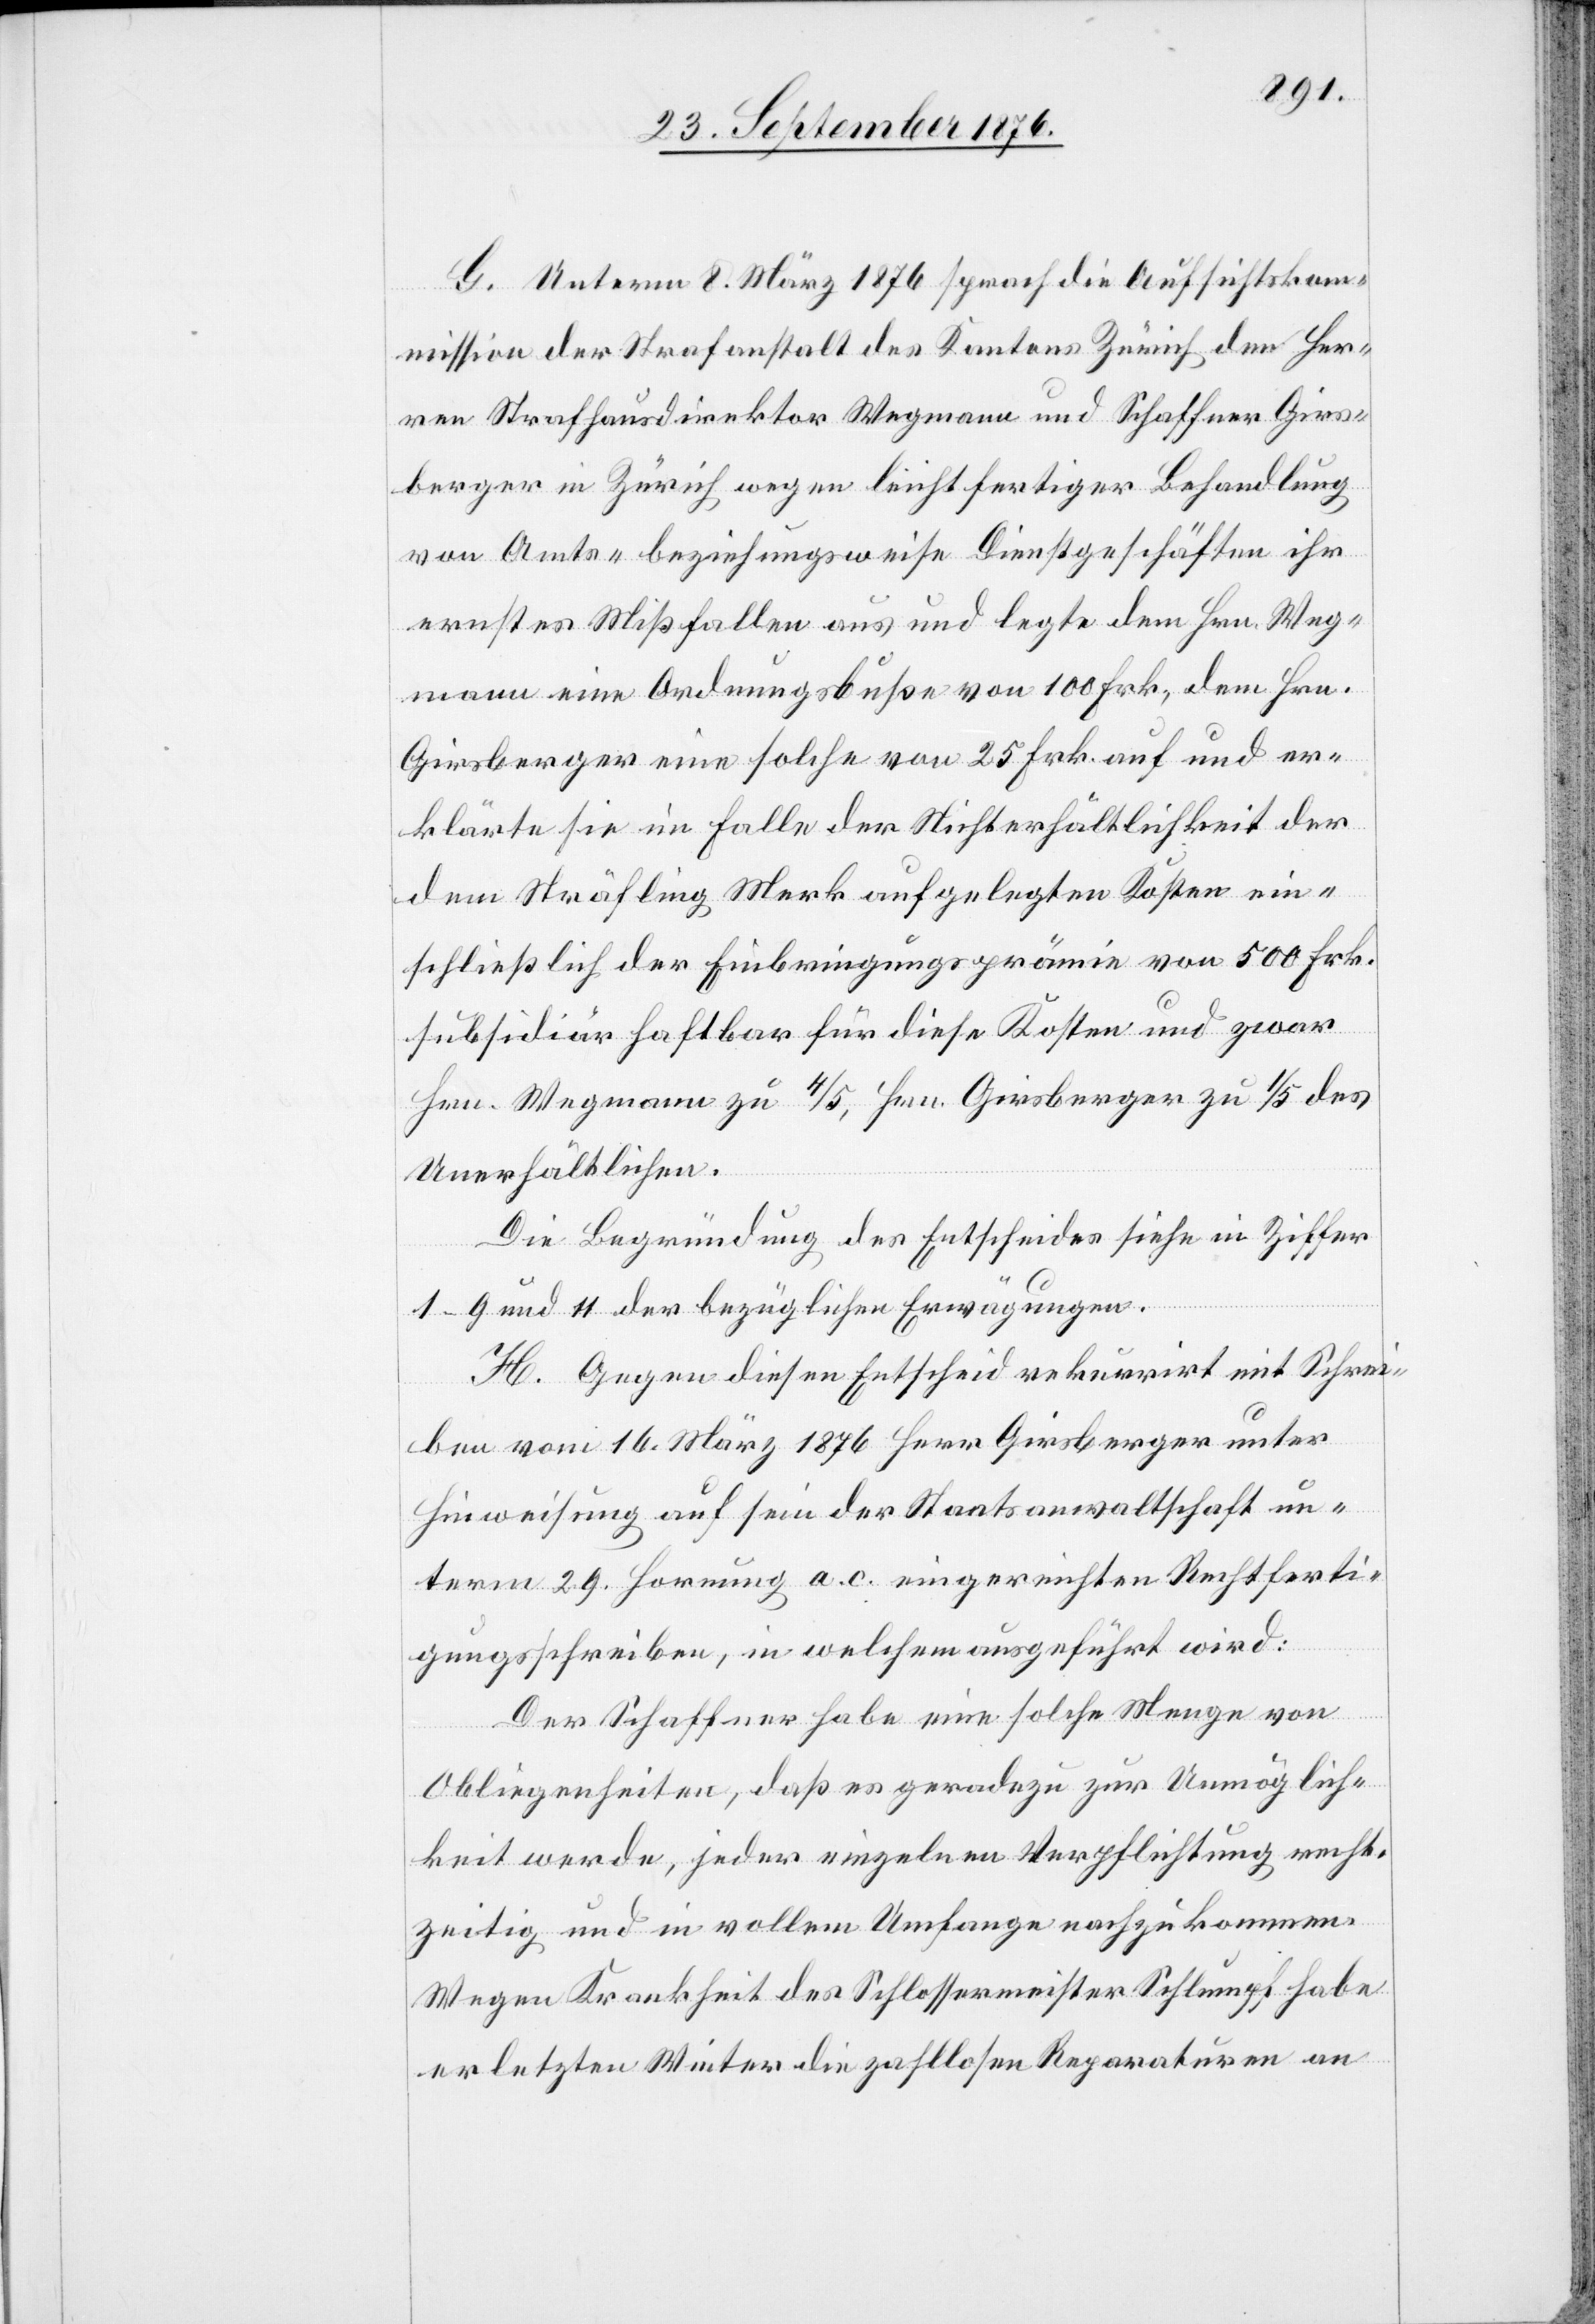
G. Unterm 8. März 1876 sprach die Aufsichtsko¬
mmission der Strafanstalt des Kantons Zürich den Her¬
ren Strafhausdirektor Wegmann und Schaffner Girs¬
berger in Zürich wegen leichtfertiger Behandlung
von Amts- beziehungsweise Dienstgeschäften ihr
ernstes Mißfallen aus und legte dem Hrn. Weg¬
mann eine Ordnungsbuße von 100 Frk., dem Hrn.
Girsberger eine solche von 25 Frk. auf und er¬
klärte sie im Falle der Nichterhältlichkeit der
dem Sträfling Merk aufgelegten Kosten ein¬
schließlich der Einbringungsprämie von 500 Frk.
subsidiär haftbar für diese Kosten und zwar
Hrn. Wegmann zu 4/5, Hrn. Girsberger zu 1/5 des
Unerhältlichen.
Die Begründung des Entscheides siehe in Ziffer
1–9 und 11 der bezüglichen Erwägungen.
H. Gegen diesen Entscheid rekurrirt mit Schrei¬
ben vom 16. März 1876 Herr Girsberger unter
Hinweisung auf sein der Staatsanwaltschaft un¬
term 29. Hornung a. c. eingereichten Rechtferti¬
gungsschreiben, in welchen ausgeführt wird:
Der Schaffner habe eine solche Menge von
Obliegenheiten, daß es geradezu zur Unmöglich¬
keit werde, jeder einzelnen Verpflichtung recht¬
zeitig und in vollem Umfange nachzukommen.
Wegen Krankheit des Schlossermeister Schlumpf habe
er letzten Winter die zahllosen Reparaturen an